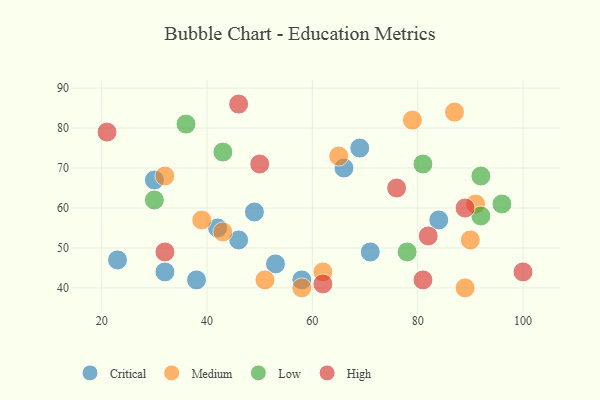
{"axis": {"x": "GDP", "y": "Life Expectancy"}, "legend": ["Critical", "High", "Low", "Medium"], "data": [{"x": "69", "y": 75, "type": "Critical"}, {"x": "42", "y": 55, "type": "Critical"}, {"x": "49", "y": 59, "type": "Critical"}, {"x": "66", "y": 70, "type": "Critical"}, {"x": "38", "y": 42, "type": "Critical"}, {"x": "23", "y": 47, "type": "Critical"}, {"x": "71", "y": 49, "type": "Critical"}, {"x": "53", "y": 46, "type": "Critical"}, {"x": "30", "y": 67, "type": "Critical"}, {"x": "58", "y": 42, "type": "Critical"}, {"x": "32", "y": 44, "type": "Critical"}, {"x": "46", "y": 52, "type": "Critical"}, {"x": "84", "y": 57, "type": "Critical"}, {"x": "90", "y": 52, "type": "Medium"}, {"x": "87", "y": 84, "type": "Medium"}, {"x": "43", "y": 54, "type": "Medium"}, {"x": "79", "y": 82, "type": "Medium"}, {"x": "39", "y": 57, "type": "Medium"}, {"x": "91", "y": 61, "type": "Medium"}, {"x": "62", "y": 44, "type": "Medium"}, {"x": "65", "y": 73, "type": "Medium"}, {"x": "51", "y": 42, "type": "Medium"}, {"x": "32", "y": 68, "type": "Medium"}, {"x": "58", "y": 40, "type": "Medium"}, {"x": "89", "y": 40, "type": "Medium"}, {"x": "96", "y": 61, "type": "Low"}, {"x": "81", "y": 71, "type": "Low"}, {"x": "92", "y": 58, "type": "Low"}, {"x": "92", "y": 68, "type": "Low"}, {"x": "43", "y": 74, "type": "Low"}, {"x": "78", "y": 49, "type": "Low"}, {"x": "36", "y": 81, "type": "Low"}, {"x": "30", "y": 62, "type": "Low"}, {"x": "82", "y": 53, "type": "High"}, {"x": "21", "y": 79, "type": "High"}, {"x": "100", "y": 44, "type": "High"}, {"x": "32", "y": 49, "type": "High"}, {"x": "46", "y": 86, "type": "High"}, {"x": "50", "y": 71, "type": "High"}, {"x": "89", "y": 60, "type": "High"}, {"x": "62", "y": 41, "type": "High"}, {"x": "76", "y": 65, "type": "High"}, {"x": "81", "y": 42, "type": "High"}]}